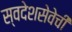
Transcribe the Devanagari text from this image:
स्वदेशसेवेची